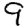
Digit: 9